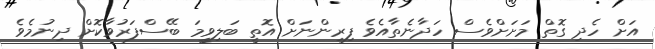
އަށް ހެދި ގޮތް މަށަށްވެސް ހަދާނެތާއެވެ ފިރިންނަށް އޮތީ ބަލިވީމަ ބޭސްފަރުވާކޮށް ދިނުމެވެ